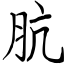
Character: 肮